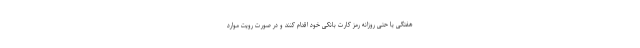
هفتگی یا حتی روزانه رمز کارت بانکی خود اقدام کنند و در صورت رویت موارد